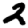
Digit: 2